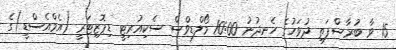
15 ވާ ބުރާސްފަތި ދުވަހުގެ ހެނދުނު 10:00 މޯލްޑިވްސް ސެކިއުރިޓީ ޑިޕޮޒިޓަރީ (އެމްއެސްޑީ)ގެ